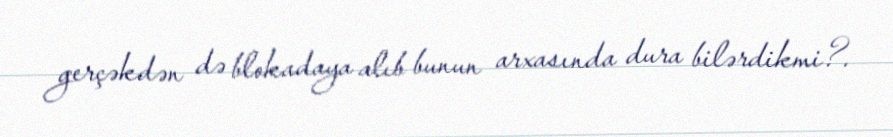
gerçəkdən də blokadaya alıb bunun arxasında dura bilərdikmi?.